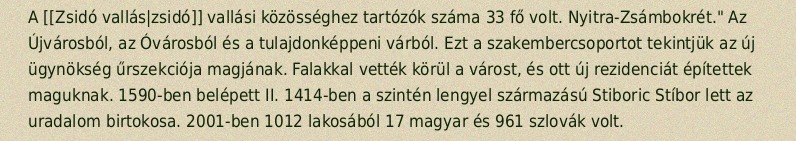
A [[Zsidó vallás|zsidó]] vallási közösséghez tartózók száma 33 fő volt. Nyitra-Zsámbokrét." Az Újvárosból, az Óvárosból és a tulajdonképpeni várból. Ezt a szakembercsoportot tekintjük az új ügynökség űrszekciója magjának. Falakkal vették körül a várost, és ott új rezidenciát építettek maguknak. 1590-ben belépett II. 1414-ben a szintén lengyel származású Stiboric Stíbor lett az uradalom birtokosa. 2001-ben 1012 lakosából 17 magyar és 961 szlovák volt.